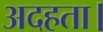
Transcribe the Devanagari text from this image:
अदहता।